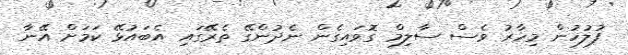
ފުލުހުން މިހާރު ވެސް ސާލިމް ގޮވައިގެން ނެދުންގޭ ތެރޭގައި އެބައުޅޭ ކަމަށް އޭނާ